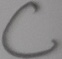
Text: C